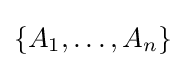
\{A_{1},\ldots ,A_{n}\}